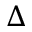
\Delta